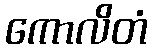
ကောလိတံ